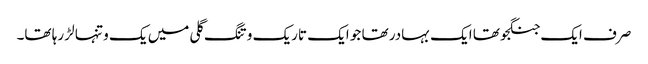
صرف ایک جنگجو تھا ایک بہادر تھا جو ایک تاریک و تنگ گلی میں یک و تنہا لڑ رہا تھا۔